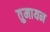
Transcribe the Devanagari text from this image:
तुमायन